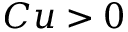
C u > 0